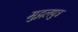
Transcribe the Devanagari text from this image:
मुद्गलपुत्र